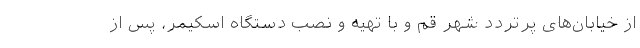
از خیابان‌های پرتردد شهر قم و با تهیه و نصب دستگاه اسکیمر‌، پس از